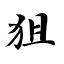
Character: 狙